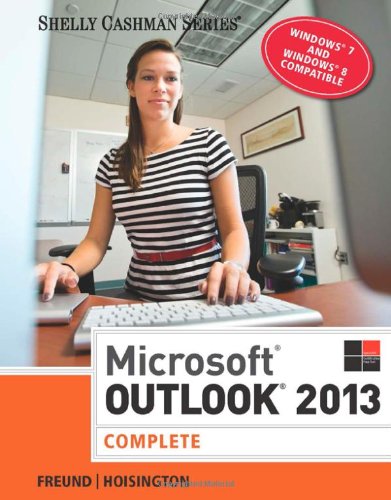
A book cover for Microsoft Outlook 2013: Complete (Shelly Cashman); Steven M. Freund; Computers & Technology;